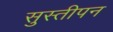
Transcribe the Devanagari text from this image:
सुस्तीपन